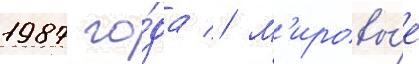
1987 го́да // М'ировы́е